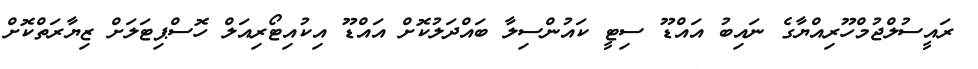
ރައީސުލްޖުމްހޫރިއްޔާގެ ނައިބު އައްޑޫ ސިޓީ ކައުންސިލާ ބައްދަލުކޮށް އައްޑޫ އިކުއިޓޯރިއަލް ހޮސްޕިޓަލަށް ޒިޔާރަތްކޮށް